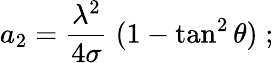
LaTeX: a_{2}={\frac{\lambda^{2}}{4\sigma}}\; (1-\tan^{2}\theta)\; ;